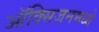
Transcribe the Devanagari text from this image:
ऑक्सिजनमध्ये